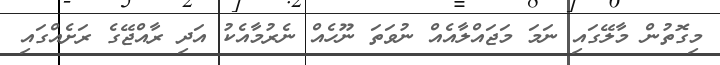
މިގޮތުން މާލޭގައި ނަމަ މަޖައްލާއެއް ނުވަތަ ނޫހެއް ނެރުމާއެކު އަދި ރާއްޖޭގެ ރަށެއްގައި